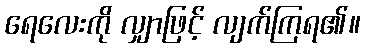
ရေလေးကို လျှာဖြင့် လျက်ကြရ၏။